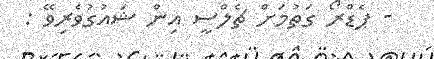
- ޕެޑްރޯ ގަތުމަށް ޗެލްސީ އިން ޝައުގުވެރިވޭ :